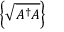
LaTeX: \left\{ { \sqrt { A ^ { \dagger } A } } \right\}